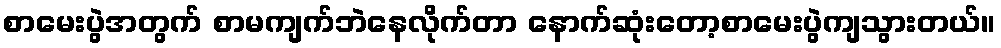
စာမေးပွဲအတွက် စာမကျက်ဘဲနေလိုက်တာ နောက်ဆုံးတော့စာမေးပွဲကျသွားတယ်။